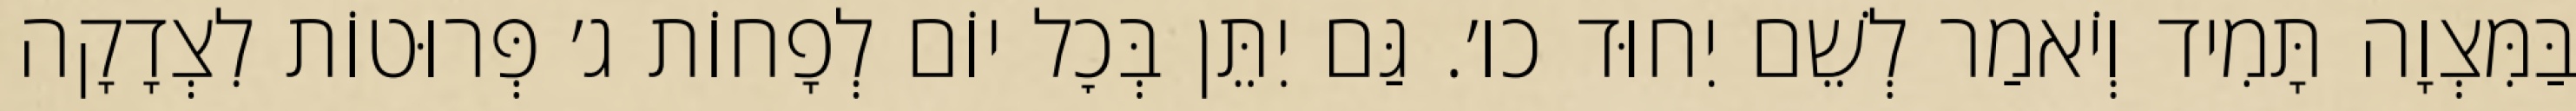
בַּמִּצְוָה תָּמִיד וְיֹאמַר לְשֵׁם יִחוּד כו׳. גַּם יִתֵּן בְּכׇל יוֹם לְפָחוֹת ג׳ פְּרוּטוֹת לִצְדָקָה